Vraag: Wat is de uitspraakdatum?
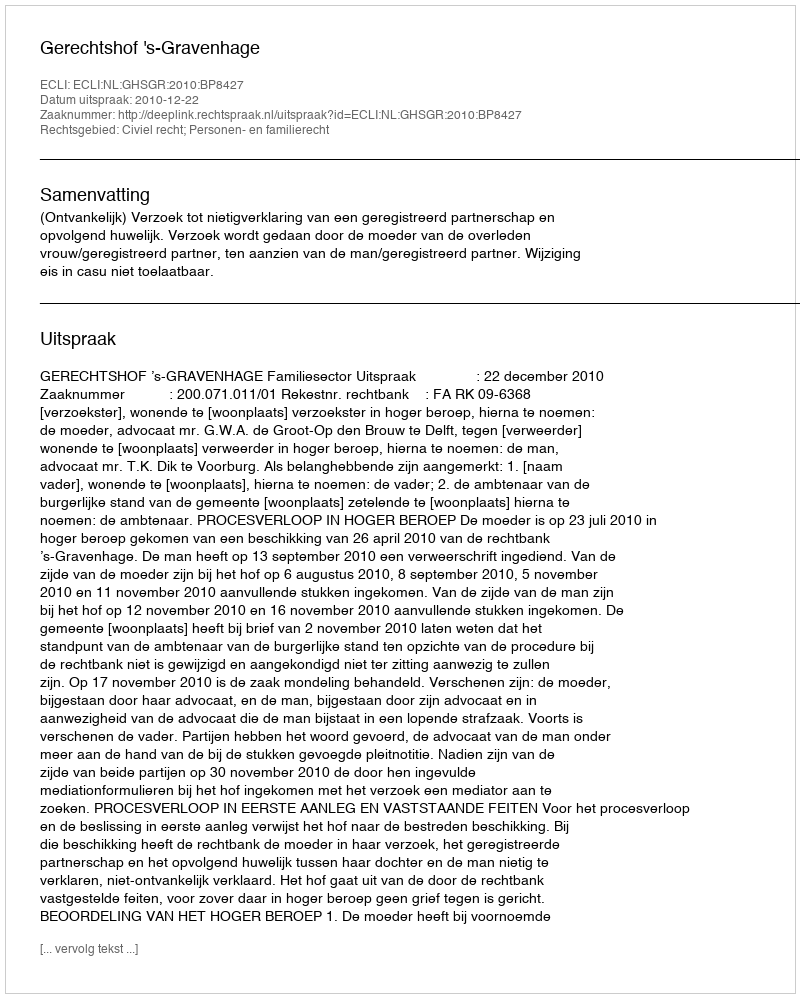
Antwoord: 2010-12-22